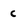
Character: C